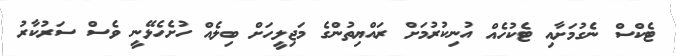
ޓެކްސް ނެގުމަށާއި ޓެކުހެއް އުނިކުރުމަށް ރައްޔިތުންގެ މަޖިލީހަށް ބިލެއް ހުށެހެޅޭނީ ވެސް ސަރުކާރު